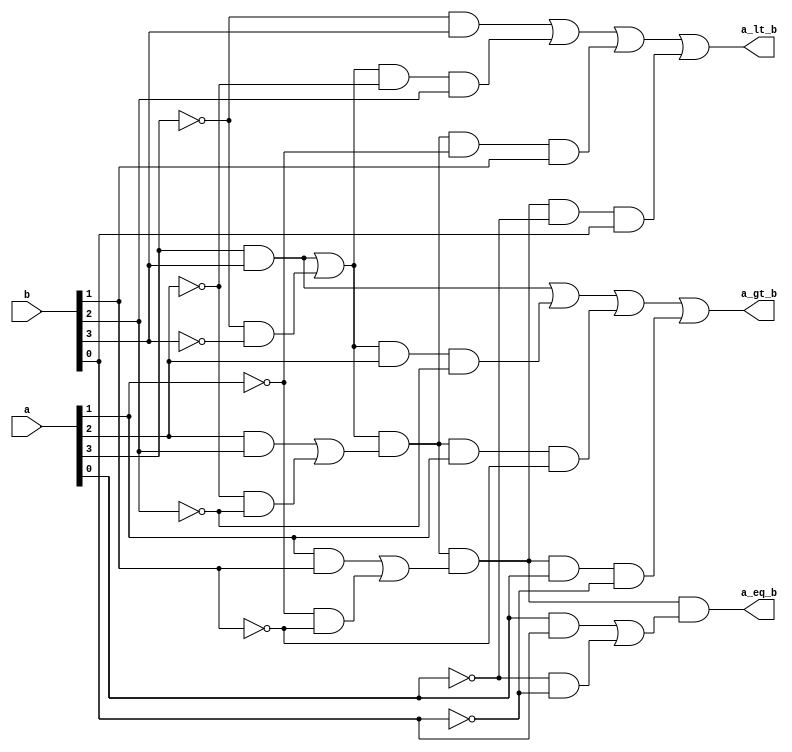
module mag_comp(a_gt_b, a_lt_b, a_eq_b, a, b);
  input [3:0] a, b;
  output a_gt_b, a_lt_b, a_eq_b;

  //Declare intermediate signals
  wire [3:0]x;

  //Implementing XNOR function as 1-bit comparator
  assign  x[0] = ((a[0] && b[0]) || (!a[0] && !b[0])),
          x[1] = ((a[1] && b[1]) || (!a[1] && !b[1])),
          x[2] = ((a[2] && b[2]) || (!a[2] && !b[2])),
          x[3] = ((a[3] && b[3]) || (!a[3] && !b[3]));

  //Implementing magnitude comparision logic

  assign a_gt_b = ((a[3] && b[3]) || (x[3] && a[2] && !b[2]) ||
                  (x[3] && x[2] && a[1] && !b[1]) ||
                  (x[3] && x[2] && x[1] && a[0] && !b[0]));

  assign a_lt_b = ((!a[3] && b[3]) || (x[3] && !a[2] && b[2]) ||
                  (x[3] && x[2] && !a[1] && b[1]) ||
                  (x[3] && x[2] && x[1] && !a[0] && b[0]));

  assign a_eq_b = x[3] && x[2] && x[1] && x[0];
endmodule